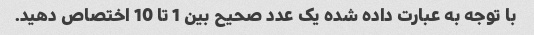
با توجه به عبارت داده شده یک عدد صحیح بین 1 تا 10 اختصاص دهید.